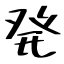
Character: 発